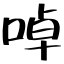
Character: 啅